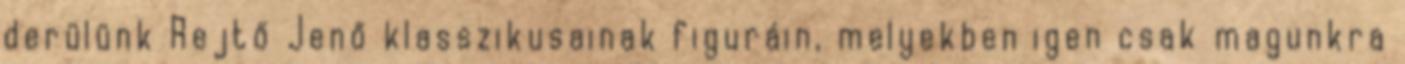
derülünk Rejtő Jenő klasszikusainak figuráin, melyekben igen csak magunkra